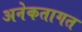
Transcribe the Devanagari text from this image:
अनेकतागत